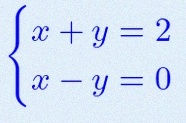
\begin{cases}x+y=2\\x-y=0\end{cases}